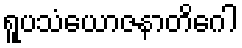
ရူပသံယောဇနာတိဂေါ